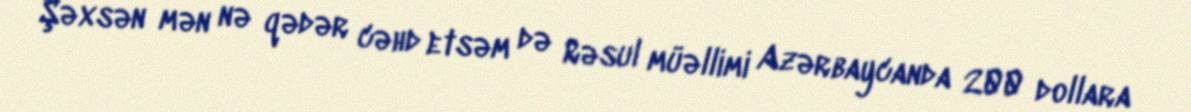
Şəxsən mən nə qədər cəhd etsəm də Rəsul müəllimi Azərbaycanda 200 dollara